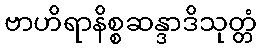
ဗာဟိရာနိစ္စဆန္ဒာဒိသုတ္တံ